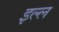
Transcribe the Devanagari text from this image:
इल्ल